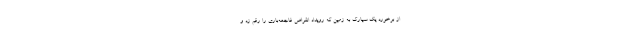
از برخورد یک سیارک به زمین که رویداد انقراض فاجعه‌باری را رقم زد و